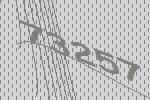
73257